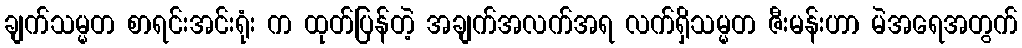
ချက်သမ္မတ စာရင်းအင်းရုံး က ထုတ်ပြန်တဲ့ အချက်အလက်အရ လက်ရှိသမ္မတ ဇီးမန်းဟာ မဲအရေအတွက်